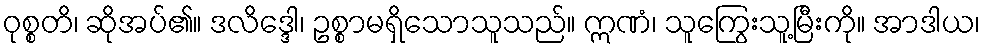
ဝုစ္စတိ၊ ဆိုအပ်၏။ ဒလိဒ္ဒေါ၊ ဥစ္စာမရှိသောသူသည်။ ဣဏံ၊ သူကြွေးသူ့မြီးကို။ အာဒါယ၊